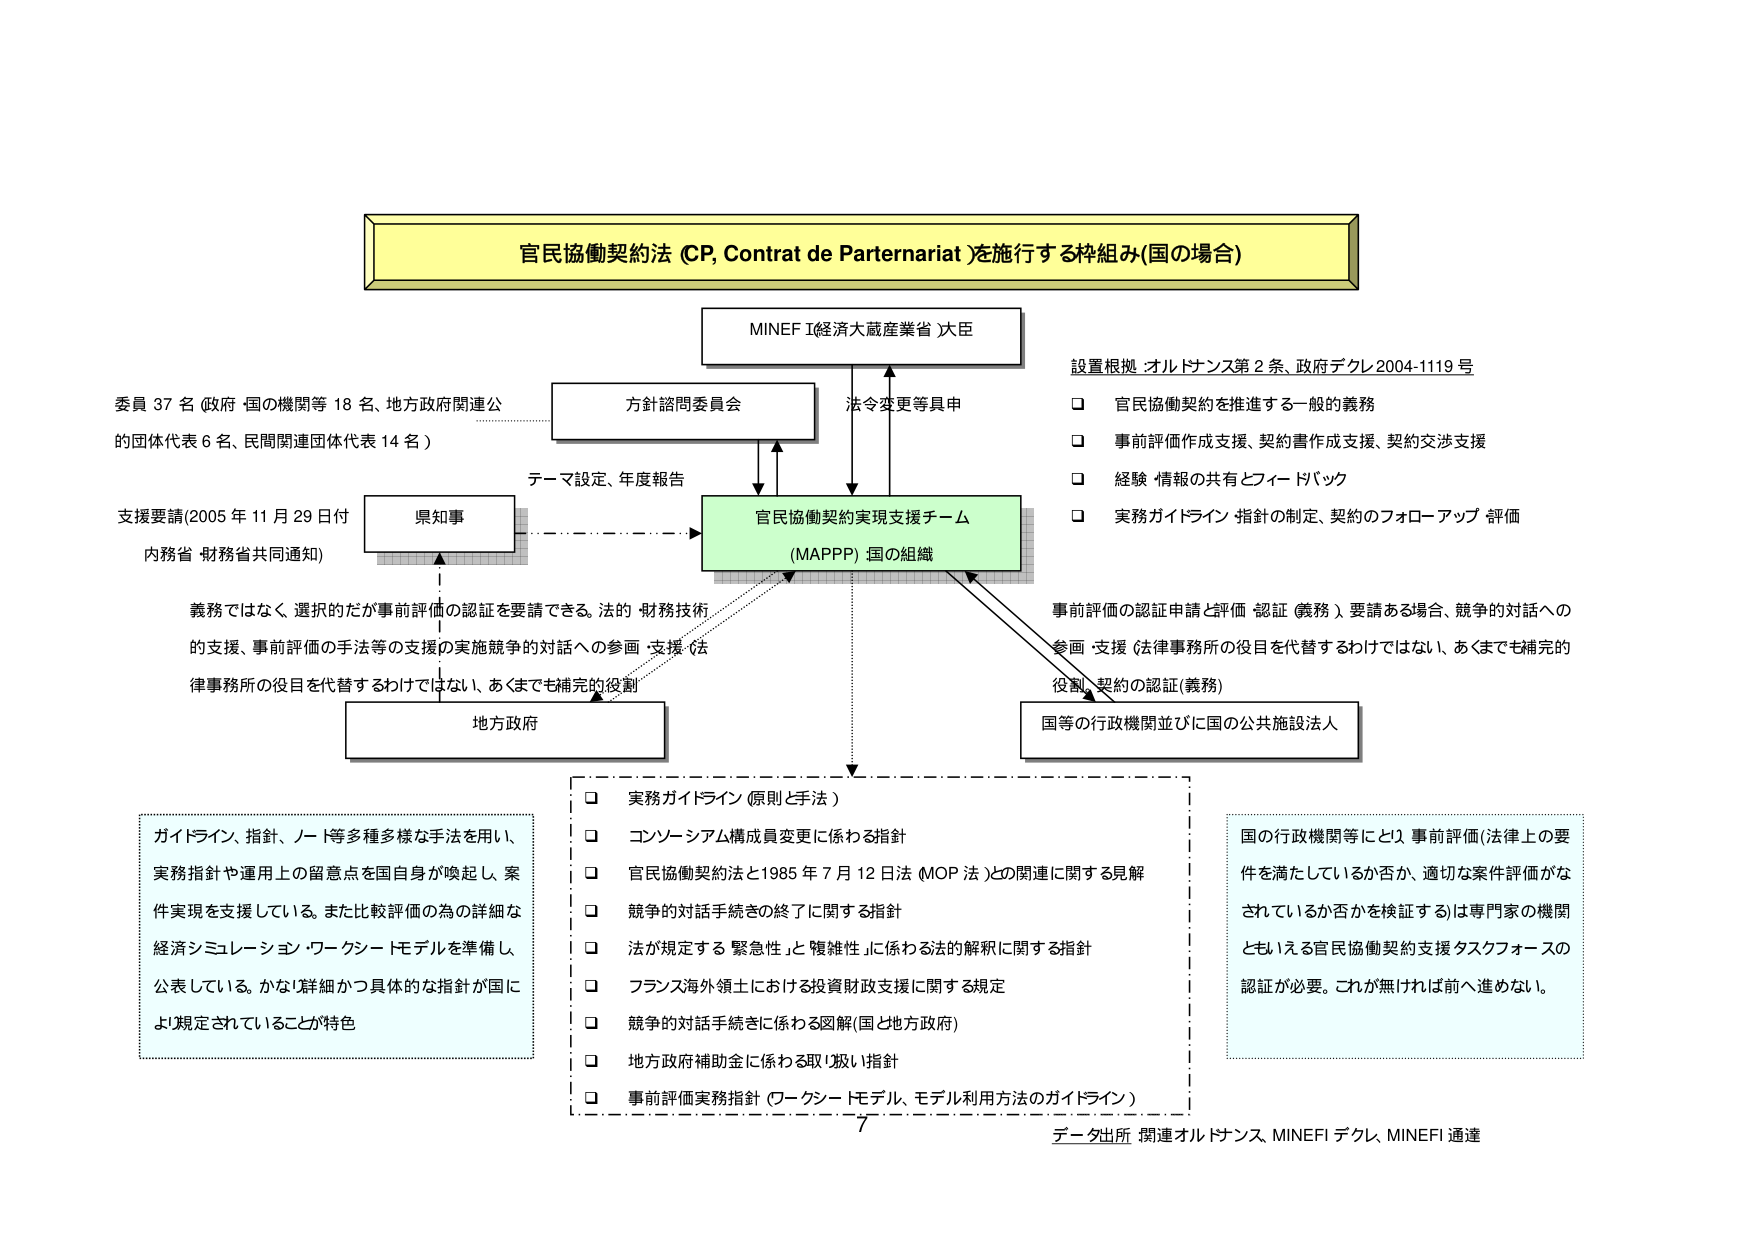
官民協働契約法 (CP, Contrat de Partenariat) を施行する枠組み(国の場合)

MINEFI(経済大蔵産業省)大臣

委員 37 名 (政府・国の機関等 18 名、地方政府関連公的団体代表 6 名、民間関連団体代表 14 名)

方針諮問委員会

テーマ設定、年度報告

支援要請(2005 年 11 月 29 日付 内務省・財務省共同通知)

県知事

義務ではなく、選択的だが事前評価の認証を要請できる。法的・財務技術的支援、事前評価の手法等の支援の実施競争的対話への参画・支援 (法律事務所の役目を代替するわけではない、あくまでも補完的役割)

地方政府

官民協働契約実現支援チーム (MAPPP) 国の組織

法令変更等具申

設置根拠：オルドナンス第 2 条、政府デクレ 2004-1119 号

□ 官民協働契約を推進する一般的義務
□ 事前評価作成支援、契約書作成支援、契約交渉支援
□ 経験・情報の共有とフィードバック
□ 実務ガイドライン・指針の制定、契約のフォローアップ・評価

事前評価の認証申請と評価・認証（義務）要請ある場合、競争的対話への参画・支援（法律事務所の役目を代替するわけではない、あくまでも補完的役割）契約の認証（義務）

国等の行政機関並びに国の公共施設法人

□ 実務ガイドライン（原則と手法）
□ コンソーシアム構成員変更に係わる指針
□ 官民協働契約法と1985年7月12日法（MOP法）との関連に関する見解
□ 競争的対話手続きの終了に関する指針
□ 法が規定する「緊急性」と「複雑性」に係わる法的解釈に関する指針
□ フランス海外領土における投資財政支援に関する規定
□ 競争的対話手続きに係わる図解（国と地方政府）
□ 地方政府補助金に係わる取り扱い指針
□ 事前評価実務指針（ワークシートモデル、モデル利用方法のガイドライン）

ガイドライン、指針、ノート等多様な手法を用い、実務指針や運用上の留意点を国自身が喚起し、案件実現を支援している。また比較評価の為の詳細な経済シミュレーション・ワークシートモデルを準備し、公表している。かなり詳細かつ具体的な指針が国により規定されていることが特色

国の行政機関等にとり、事前評価（法律上の要件を満たしているか否か、適切な案件評価がなされているか否かを検証する）は専門家の機関ともいえる官民協働契約支援タスクフォースの認証が必要。これが無ければ前へ進めない。

データ出所：関連オルドナンス、MINEFI デクレ、MINEFI 通達

7